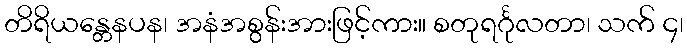
တိရိယန္တေနပန၊ အနံအစွန်းအားဖြင့်ကား။ စတုရင်္ဂုလတာ၊ သက် ၄၊